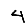
Digit: 4